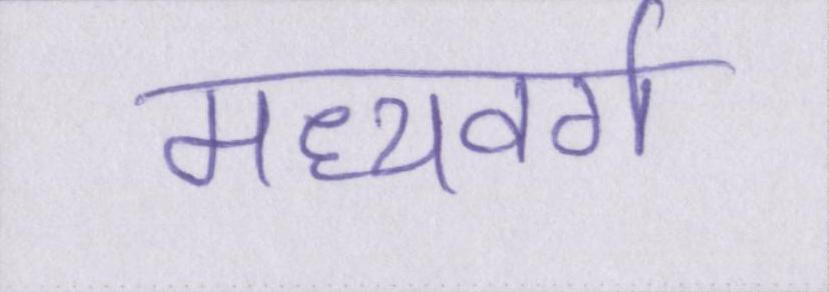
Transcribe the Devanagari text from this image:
मध्यवर्ग